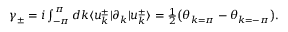
\begin{array} { r } { \gamma _ { \pm } = i \int _ { - \pi } ^ { \pi } d k \langle u _ { k } ^ { \pm } | \partial _ { k } | u _ { k } ^ { \pm } \rangle = \frac { 1 } { 2 } \big ( \theta _ { k = \pi } - \theta _ { k = - \pi } \big ) . } \end{array}